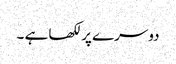
دوسرے پر لکھا ہے ۔